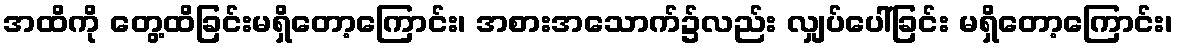
အထိကို တွေ့ထိခြင်းမရှိတော့ကြောင်း၊ အစားအသောက်၌လည်း လျှပ်ပေါ်ခြင်း မရှိတော့ကြောင်း၊